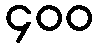
၄၀၀